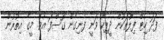
ފަދަ ހިޓް ފިލްުތަކުން ދީޕިކާ ވަނީ ފެނިގެން ގޮސްފަ އެވެ. މީގެ އިތުރުން